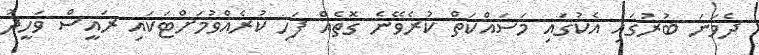
ދެވަނަ ބުރުގައި އެކުގައި މަސައްކަތް ކުރެވޭނެ ގޮތެއް ފަހި ކުރެއްވުމަށްޓަކައި ރައީސް ވަހީދު